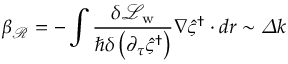
\beta _ { \mathcal { R } } = - \int { \frac { \delta \mathcal { L } _ { \mathrm { w } } } { \hbar \delta \left( \partial _ { \tau } \hat { \varsigma } ^ { \dagger } \right) } \nabla \hat { \varsigma } ^ { \dagger } \cdot d \boldsymbol { r } } \sim \varDelta k